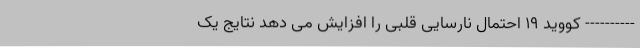
---------- کووید ۱۹ احتمال نارسایی قلبی را افزایش می دهد نتایج یک